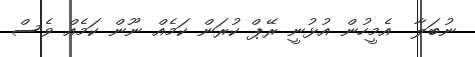
ނުބަލާ  އެމީހުން އުޅުނީ ރޭޕް ކުރަން ކަމެއް ނޫން ކަމެއް ވެސް